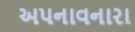
અપનાવનારા